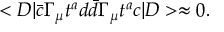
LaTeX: < D \vert \bar { c } \Gamma _ { \mu } t ^ { a } d \bar { d } \Gamma _ { \mu } t ^ { a } c \vert D > \approx 0 .